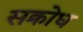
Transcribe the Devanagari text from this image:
सक्रोध